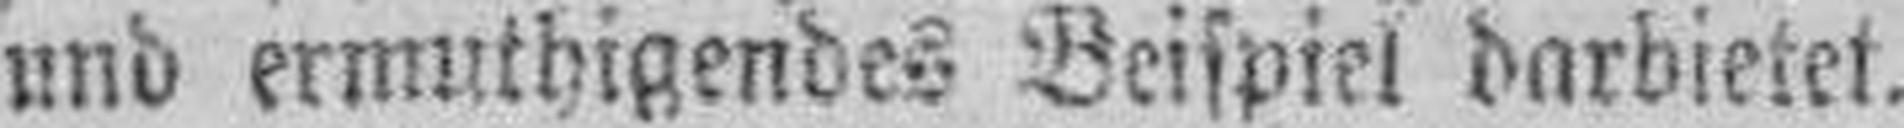
und ermuthigendes Beispiel darbietet.